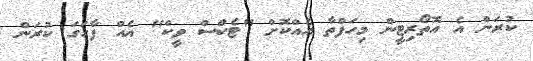
ކުރަން އެ އޮތޯރިޓީން މިހަފްތާ އެއްކޮށް "ޓެކްސް ވީކް" އެއް ފާހަގަ ކުރަން